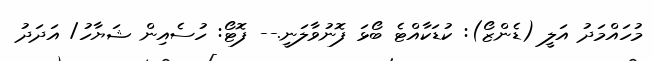
މުހައްމަދު އަލީ (ޑެންޒޯ): ކުޑަކާއްޓެ ބޯޅަ ފޮނުވާލަނީ.-- ފޮޓޯ: ހުސެއިން ޝަޔާހު/ އަދަދު